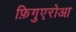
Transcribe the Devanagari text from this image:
फ़िगुएरोआ